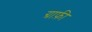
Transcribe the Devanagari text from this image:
ग्राफ़ी